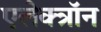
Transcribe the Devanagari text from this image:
एलेक्त्रॉन